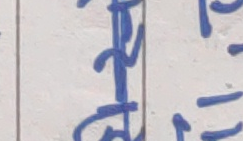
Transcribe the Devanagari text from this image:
ल